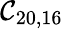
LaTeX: \mathcal{C}_{20,16}